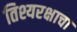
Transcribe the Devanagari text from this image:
तिश्यरक्षाचा